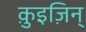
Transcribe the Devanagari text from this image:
क़ुइज़िन्